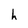
Character: h